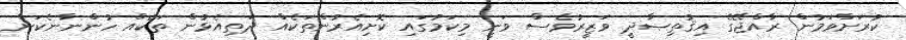
ކުރަށްވަމުން ރާއްޖޭގެ އިޤުތިޞާދީ ވަޒީރުވެސް ވަނީ މިކަމުގައި ކޮށިއެރުންތަކެއް ދަތިއެޅުން ތަކެއް ހުންނާނެކަން